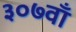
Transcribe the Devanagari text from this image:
३०७वाँ